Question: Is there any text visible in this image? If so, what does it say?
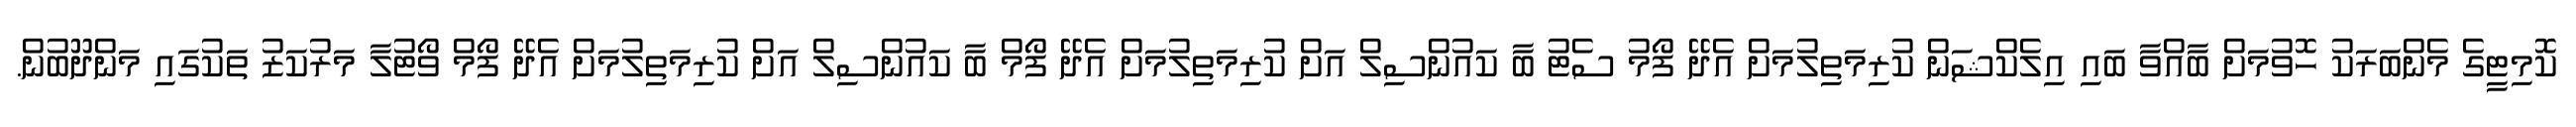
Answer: ކޮމިޓީގެ މެންބަރަކު ހޮވުމަށް ބާއްވާ ބައި އިލެކްޝަން ކުރިމަތިލުމަށް އެދޭ ފޯމު ސެޓު ބާ ކައުންސިލް އަށް ކުރިމަތިލުމަށް އެދޭ ފޯމް ބާ ކައުންސިލް އަށް ކުރިމަތިލުމަށް އެދޭ ފޯމް ވޯޓުލާ މަރުކަޒު ތަކުގައި މަންދޫބުން.